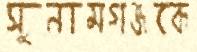
সুনামগঞ্জকে